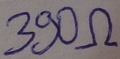
Text: 390Ω